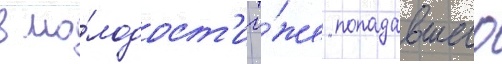
в мо́лодост'и то́же попадавшего